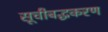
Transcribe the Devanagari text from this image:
सूचीबद्धकरण